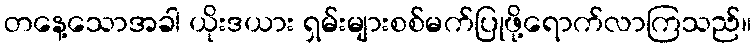
တနေ့သောအခါ ယိုးဒယား ရှမ်းများစစ်မက်ပြုဖို့ရောက်လာကြသည်။